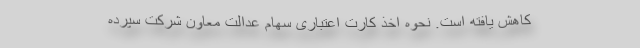
کاهش یافته است. نحوه اخذ کارت اعتباری سهام عدالت معاون شرکت سپرده